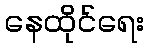
နေထိုင်ရေး